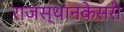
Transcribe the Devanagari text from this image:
राजस्थानकेसरी